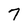
Character: 7